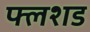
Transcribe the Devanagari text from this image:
फ्लशड